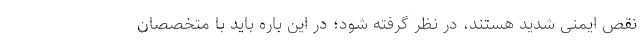
نقص ایمنی شدید هستند، در نظر گرفته شود؛ در این باره باید با متخصصان